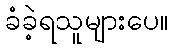
ခံခဲ့ရသူများပေ။